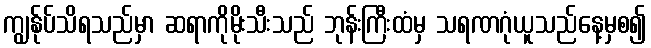
ကျွန်ုပ်သိရသည်မှာ ဆရာကိုမိုးသီးသည် ဘုန်းကြီးထံမှ သရဏဂုံယူသည်နေ့မှစ၍